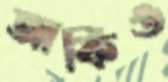
আফিঙ